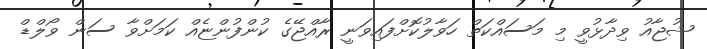
ޝުޖާއު ވިދާޅުވީ މި މަސައްކަތް ހަވާލުކޮށްފައިވަނީ ރާއްޖޭގެ ކުންފުންޏެއް ކަމަށްވާ ސަން ވޯލްޑް